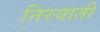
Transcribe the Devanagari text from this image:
निरयाती